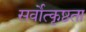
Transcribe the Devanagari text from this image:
सर्वोत्कृष्ठता